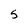
Character: 5